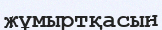
жұмыртқасын